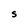
Character: S